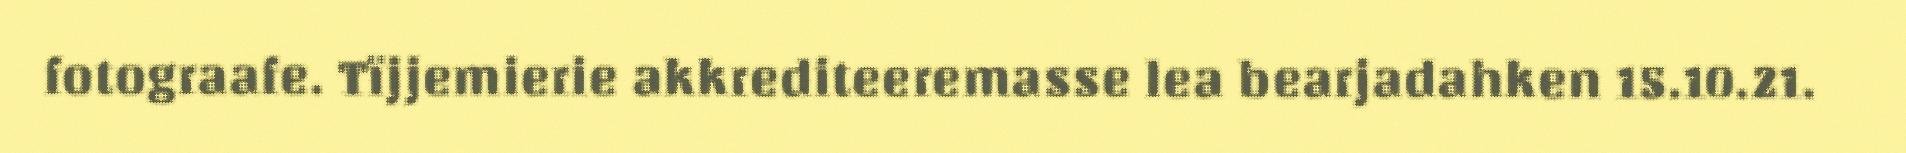
fotograafe. Tïjjemierie akkrediteeremasse lea bearjadahken 15.10.21.